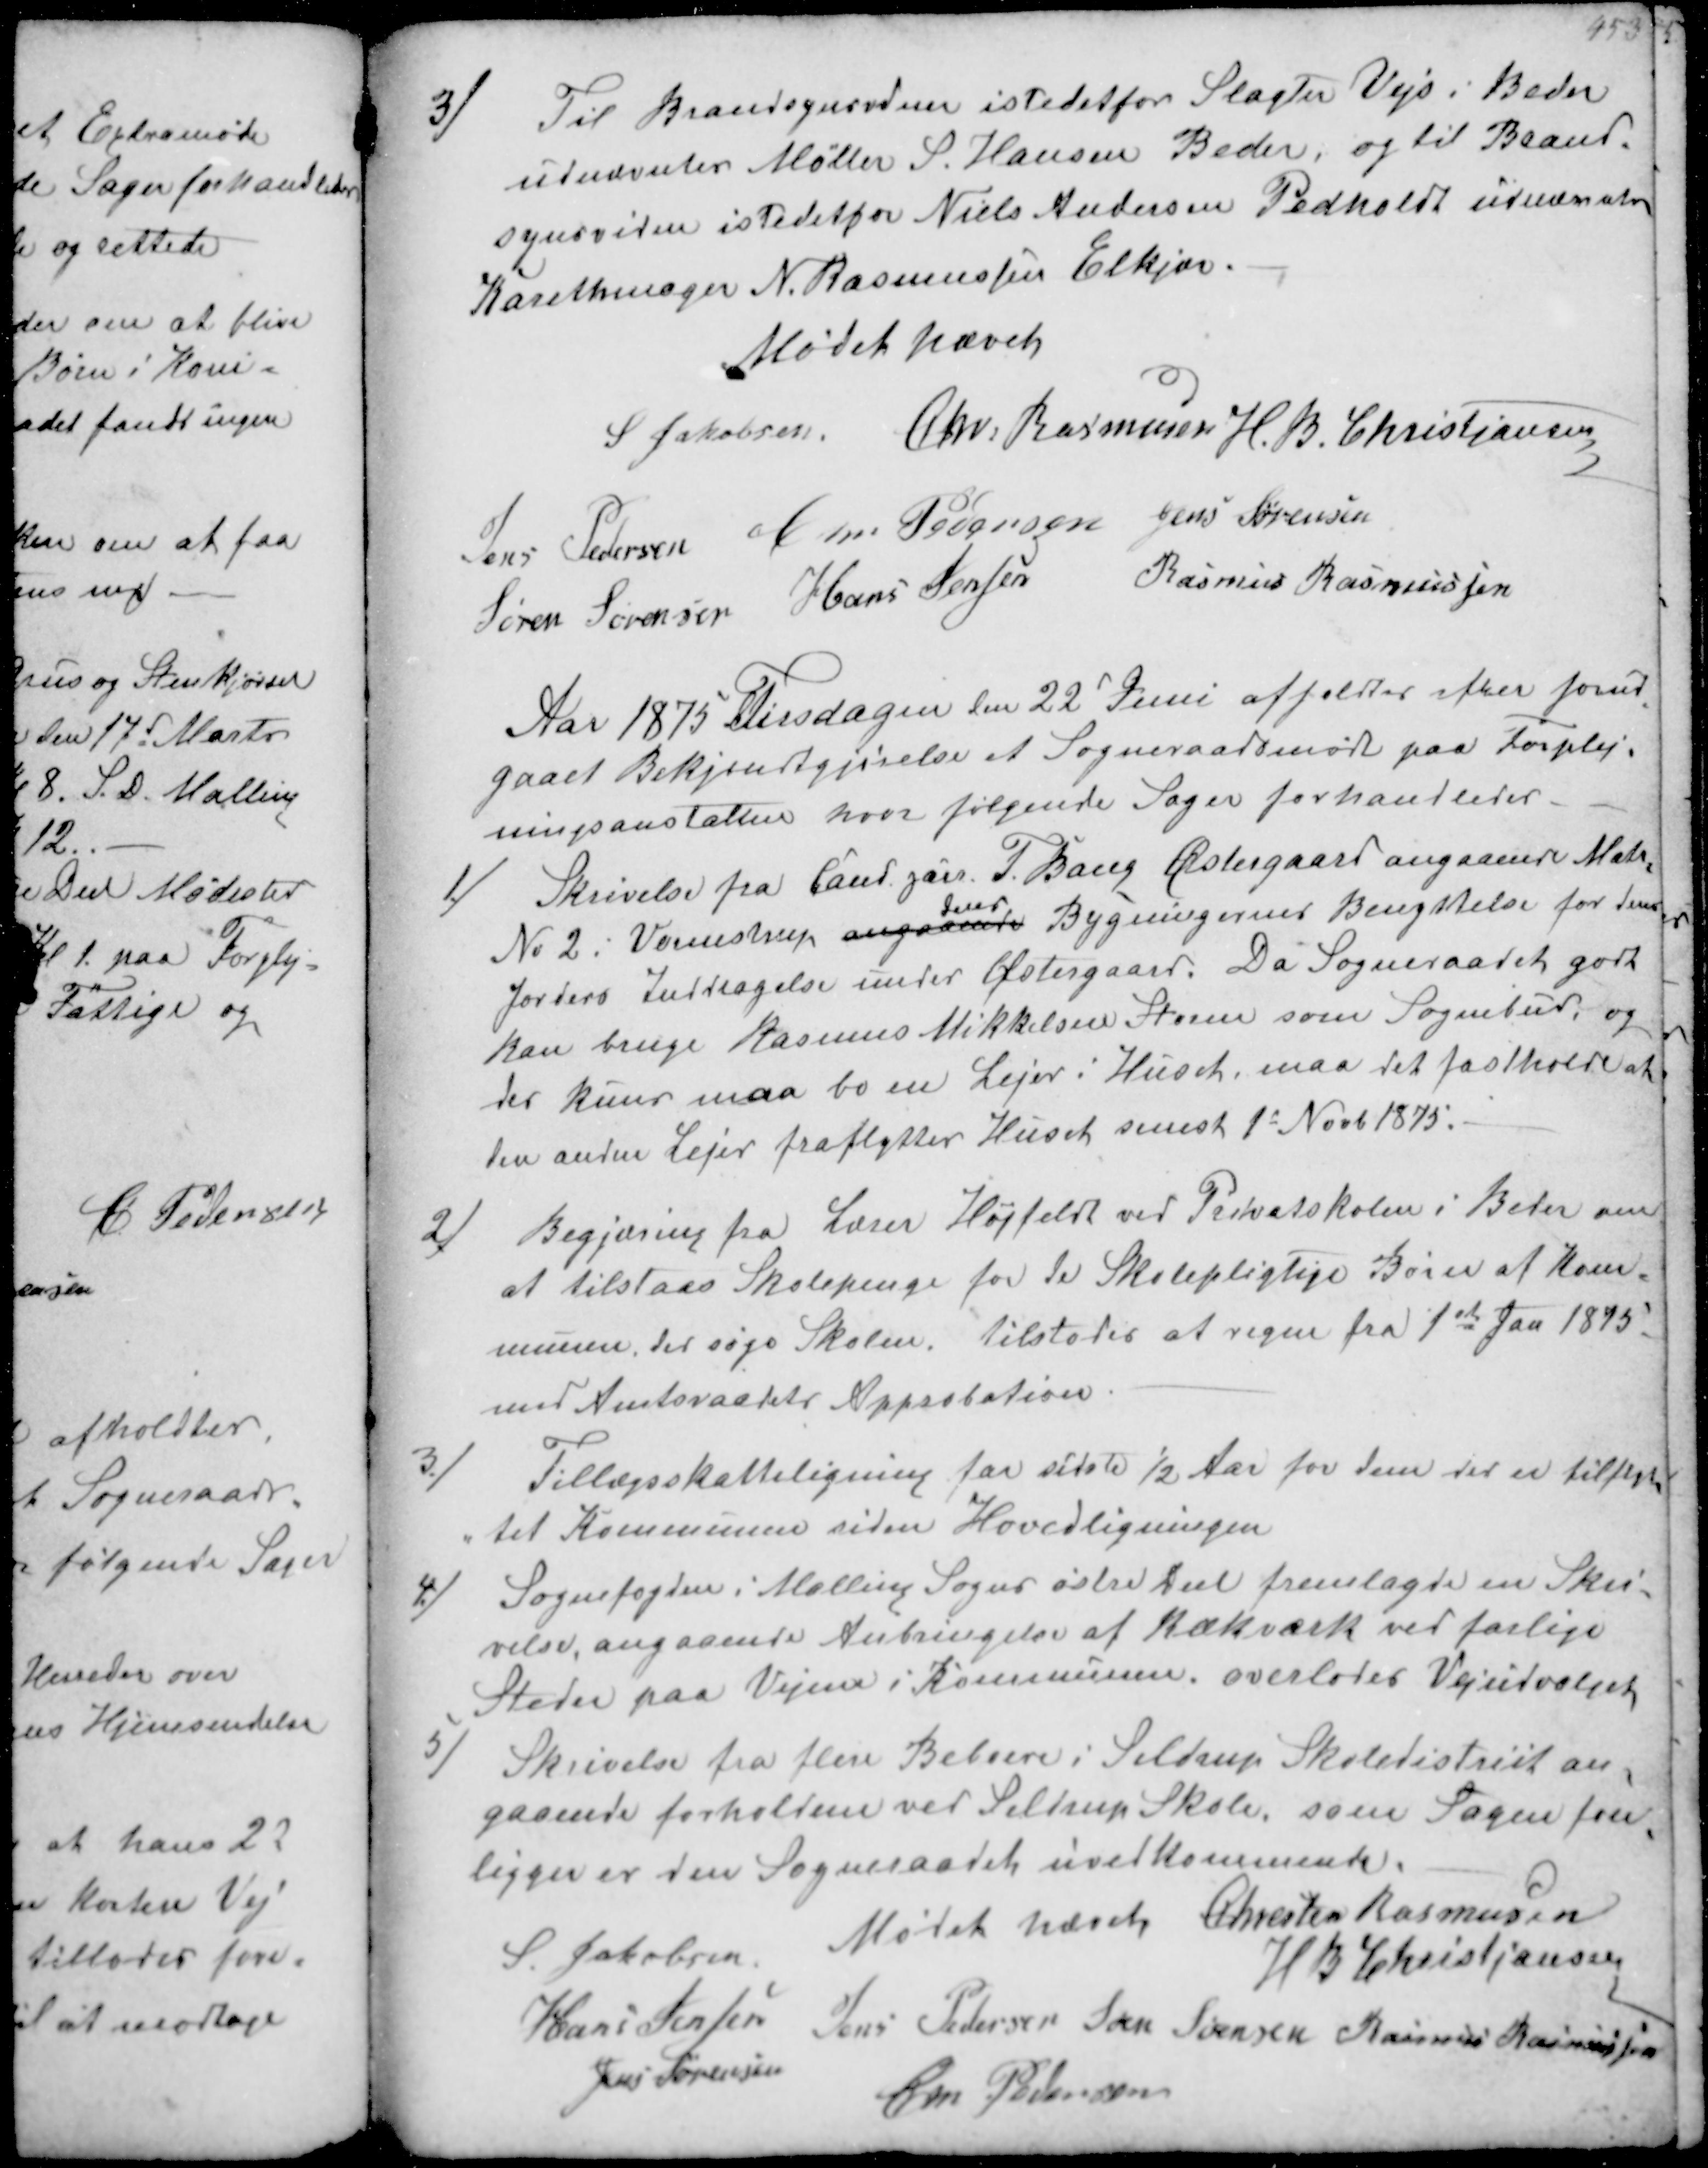
Transskription:
3/
Til Brandsynsvidne istedetfor Slagter Vejs i Beder
udnævntes Møller S. Hansen Beder, og til Brand-
synsvidne istedetfor Niels Andersen Pedholdt udnævntes
Karethmager N. Rasmussen Elkjær.

Mødet hævet
S Jakobsen Chr Rasmussen H. B. Christjansen
Jens Pedersen Chr Pdersen Jens Sørensen
Søren Sørensen Hans Jensen Rasmus Rasmussen

Aar 1875 Tirsdagen den 22d Juni afholdtes efter forud-
gaaet Bekjendtgjørelse et Sogneraadsmøde paa Forplej-
ningsanstalten hvor følgende Sager forhandledes

1/
Skrivelse fra Cand jur. T Bang Østergaard angaaende Matr.
No 2. Vormstrup
hvor
Bygningernes Benyttelse for deres
Jorders inddragelse under Østergaard. Da Sogneraadet godt
kan bruge Rasmus Mikkelsen Storm som Sognebud, og
der kun maa bo en Lejer i Huset, maa det fastholdes at
den anden lejer fraflytter Huset senest 1s Novb 1875

2/
Begjæring fra Lærer Højfeldt ved Privatskolen i Beder om
at tilstaas Skolepenge for de Skolepligtige Børn af Kom-
munen, der søge Skolen. tilstodes at regne fra 1ste Jan 1875
med Amtsraadets Approbation

3/
Tillægsskatteligning for sidste ½ Aar for dem der er tilflyt-
tet Kommunen siden Hovedligningen

4/
Sognefogden i Malling Sogns østre Deel fremlagde en Skri-
velsv, angaaende Anbringelse af Rækværk ved farlige
Steder paa Vejene i Kommunen, overlodes Vejudvalget

5/
Skrivelse fra flere Beboere i Seldrup Skoledistrict an-
gaaende forholdene ved Seltrup Skole, som Sagen fore-
ligger er den Sogneraadet uvedkommende.
Mødet hævet
Chresten Rasmussen
S Jakobsen
H B Christjansen
Hans Jensen
Jens Pedersen Søren Sørensen Rasmus Rasmussen
Jens Sørensen
Chr Pedersen